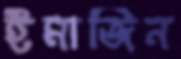
ইমাজিন